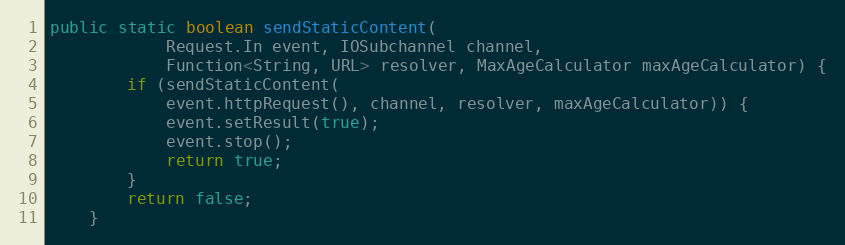
Language: Java
public static boolean sendStaticContent(
            Request.In event, IOSubchannel channel,
            Function<String, URL> resolver, MaxAgeCalculator maxAgeCalculator) {
        if (sendStaticContent(
            event.httpRequest(), channel, resolver, maxAgeCalculator)) {
            event.setResult(true);
            event.stop();
            return true;
        }
        return false;
    }